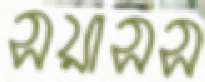
সয়াসস